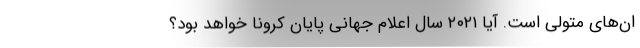
ان‌های متولی است. آیا ۲۰۲۱ سال اعلام جهانی پایان کرونا خواهد بود؟